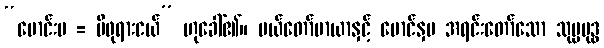
“မောင်းမ = မိဖုရားငယ်” ဟုခေါ်၏။ မယ်တော်မာယာနှင့် မောင်နှမ အရင်းတော်သော သုပ္ပဗုဒ္ဓ